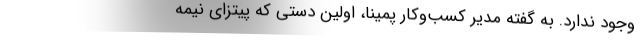
وجود ندارد. به گفته‌ مدیر کسب‌وکار پمینا، اولین دستی که پیتزای نیمه